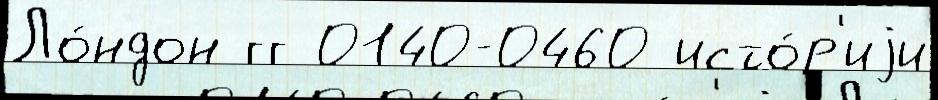
Ло́ндон гг 0140-0460 исто́р'иjи